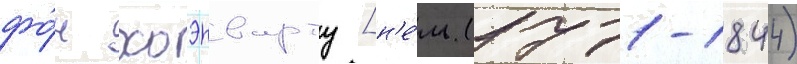
фо́н хоэнварту [н'е́м. (1771-1844)